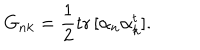
LaTeX: G _ { n k } = { \frac { 1 } { 2 } } \mathrm { t r } \, [ \alpha _ { n } \alpha _ { k } ^ { t } ] .